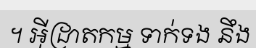
។ អ៊ីដ្រាតកម្ម ទាក់ទង នឹង